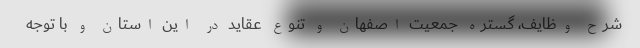
شرح وظایف، گستره جمعیت اصفهان و تنوع عقاید در این استان و با توجه